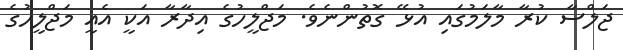
ޖަލްސާ ކުރާ މާލަމުގައި އުޅޭ ގޮތުންނެވެ. މަޖްލީހުގެ އިދާރާ އަކީ އެއީ މަޖްލީހުގެ